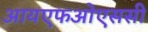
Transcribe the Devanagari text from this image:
आयएफओएससी